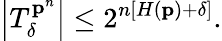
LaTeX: \left\vert T_{\delta}^{\mathbf{p}^{n}}\right\vert\leq 2^{n\left[H\left(\mathbf{p}\right)+\delta\right]}.